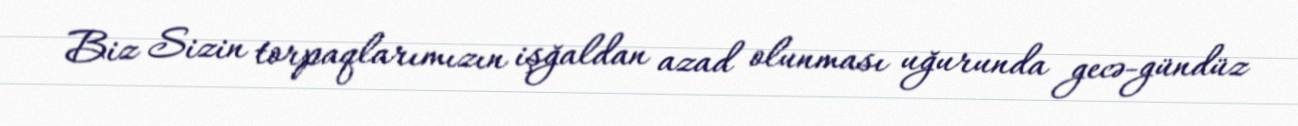
Biz Sizin torpaqlarımızın işğaldan azad olunması uğurunda gecə-gündüz